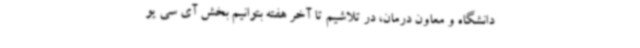
دانشگاه و معاون درمان، در تلاشیم تا آخر هفته بتوانیم بخش آی سی یو